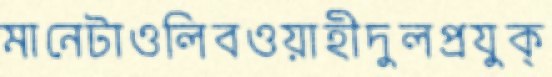
মানেটাওলিবওয়াহীদুলপ্রযুক্